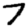
Digit: 7